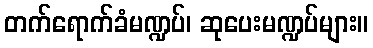
တက်ရောက်ခံမဏ္ဍပ်၊ ဆုပေးမဏ္ဍပ်များ။